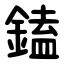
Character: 鎑